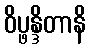
ဝိပ္ဖန္ဒိတာနိ